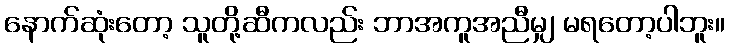
နောက်ဆုံးတော့ သူတို့ဆီကလည်း ဘာအကူအညီမျှ မရတော့ပါဘူး။